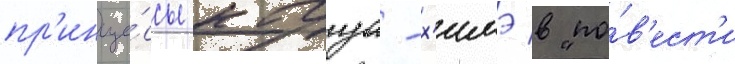
пр'инце́ссы кагуа-х'имэ в "по́в'ест'и